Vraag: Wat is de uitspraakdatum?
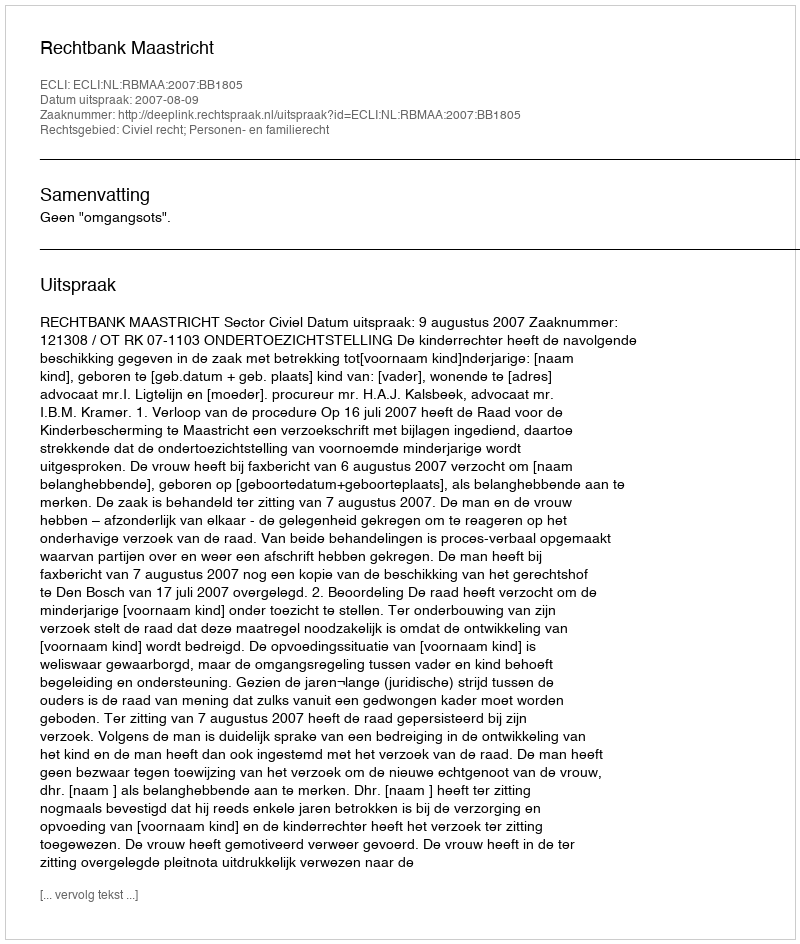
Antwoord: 2007-08-09